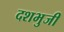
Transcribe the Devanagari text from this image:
दशभुजी